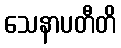
သေနာပတီတိ